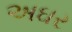
અઘર